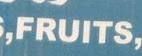
fruits